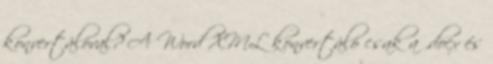
konvertálóval? A Word XML konvertáló csak a .docx és